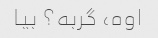
اوه، گربه؟ بیا